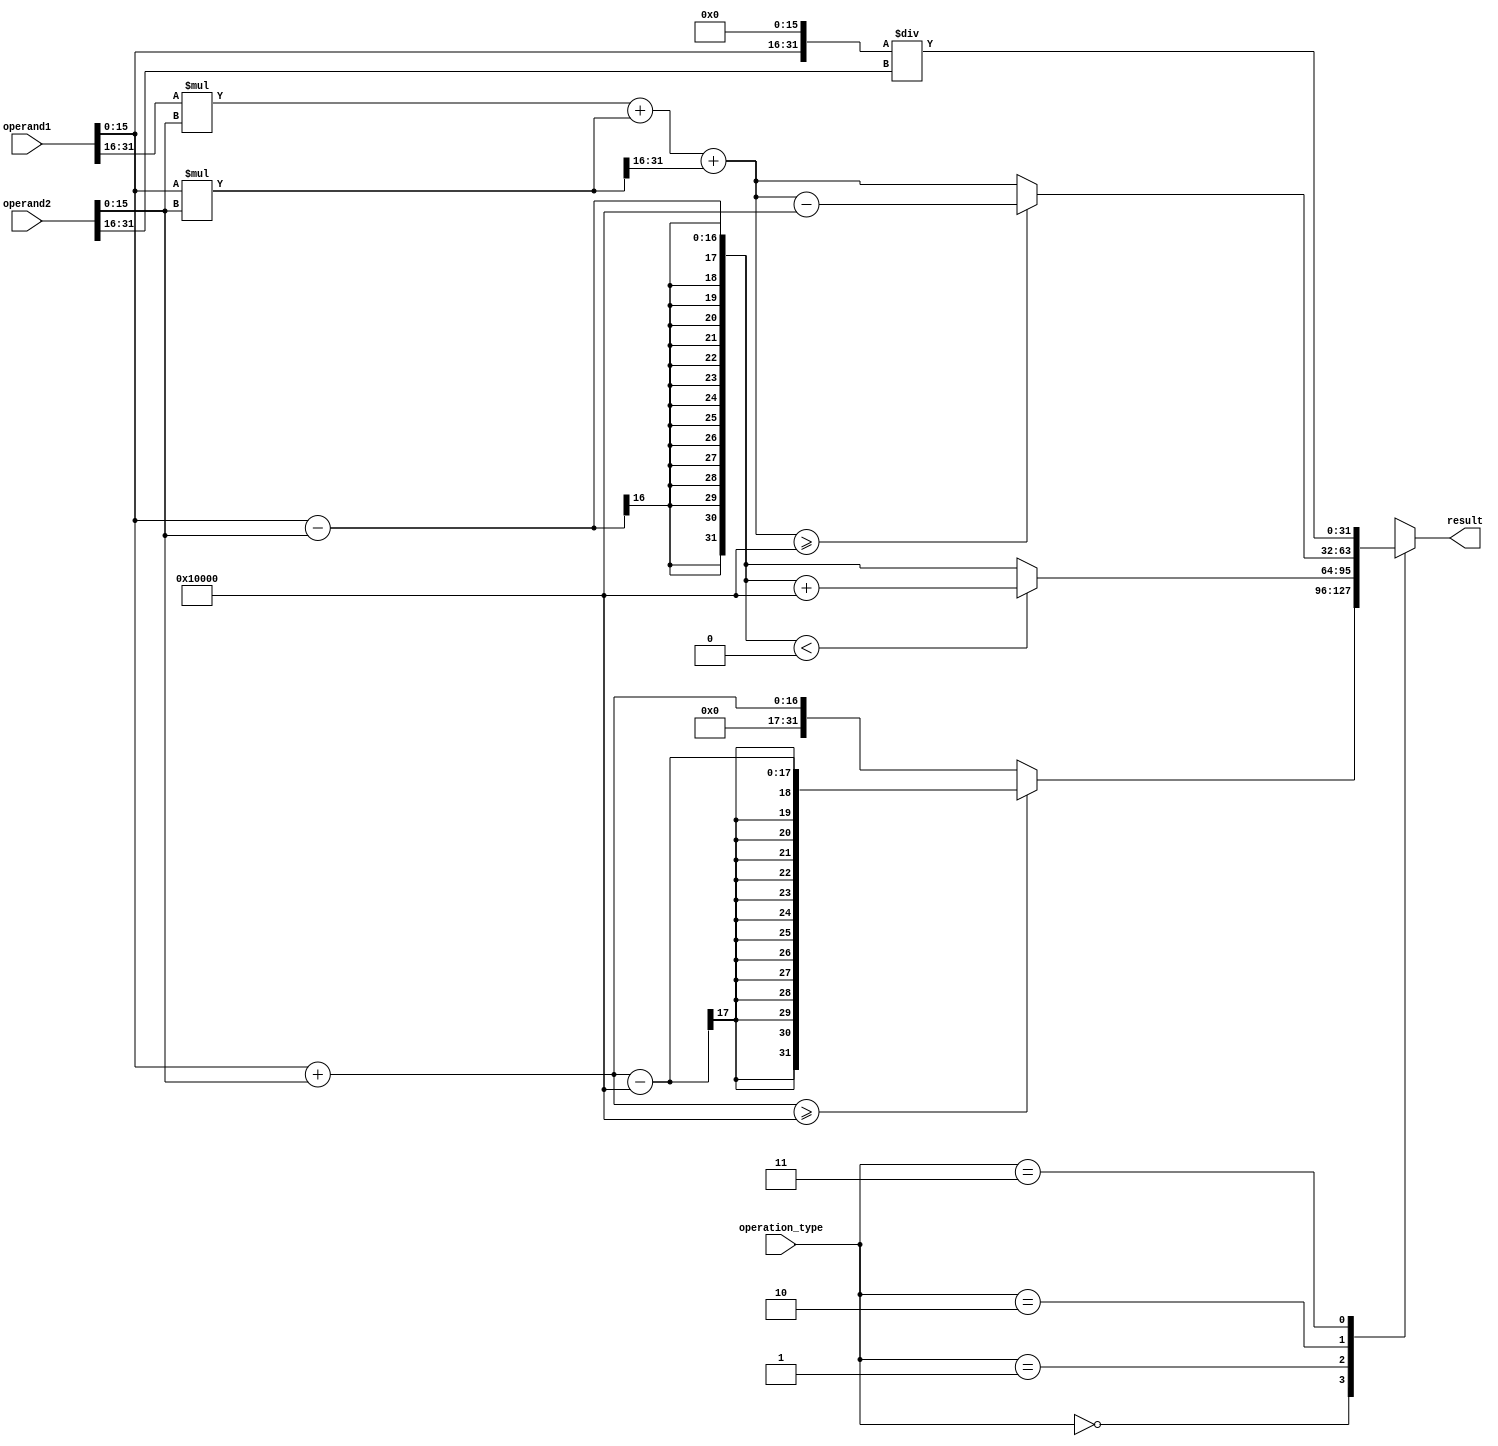
module floating_point_unit(
  input wire [31:0] operand1,
  input wire [31:0] operand2,
  input wire [1:0] operation_type,
  output wire [31:0] result
);

  // Define internal variables
  reg [31:0] int_component1, int_component2, frac_component1, frac_component2, int_result, frac_result;
  
  // Extract integer and fractional components from operands
  assign int_component1 = operand1[31:16];
  assign frac_component1 = operand1[15:0];
  assign int_component2 = operand2[31:16];
  assign frac_component2 = operand2[15:0];
  
  // Perform arithmetic operations
  always @(*) begin
    case(operation_type)
      2'b00: begin // Addition
        int_result = int_component1 + int_component2;
        frac_result = frac_component1 + frac_component2;
        if(frac_result >= 65536) begin
          int_result = int_result + 1;
          frac_result = frac_result - 65536;
        end
      end
      2'b01: begin // Subtraction
        int_result = int_component1 - int_component2;
        frac_result = frac_component1 - frac_component2;
        if(frac_result < 0) begin
          int_result = int_result - 1;
		  frac_result = frac_result + 65536;
        end
      end
      2'b10: begin // Multiplication
	    // Perform fixed-point multiplication
        int_result = (int_component1 * int_component2) + ((frac_component1 * int_component2) >> 16);
        frac_result = (int_component1 * frac_component2) + (frac_component1 * frac_component2) + ((frac_component1 * frac_component2) >> 16);
        if(frac_result >= 65536) begin
          int_result = int_result + 1;
          frac_result = frac_result - 65536;
        end
      end
      2'b11: begin // Division
	    // Perform fixed-point division 
        int_result = (int_component1 / int_component2) << 16;
        frac_result = (frac_component1 << 16) / int_component2;
      end
    endcase
  end

  // Combine integer and fractional components to get the final result
  assign result = {int_result, frac_result};

endmodule